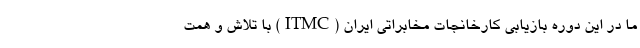
ما در این دوره بازیابی کارخانجات مخابراتی ایران (ITMC) با تلاش و همت